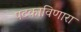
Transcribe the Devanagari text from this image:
पटकाविणारा